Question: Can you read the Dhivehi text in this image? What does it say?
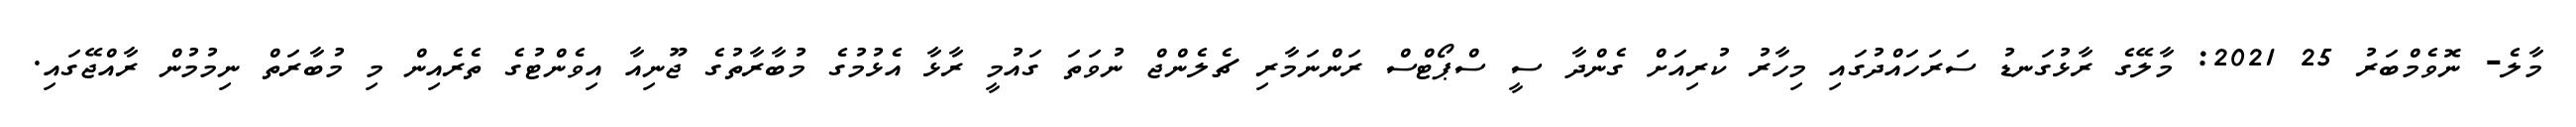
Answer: މާލެ- ނޮވެމްބަރު 25 2021: މާލޭގެ ރާޅުގަނޑު ސަރަހައްދުގައި މިހާރު ކުރިއަށް ގެންދާ ސީ ސްޕޯޓްސް ރަންނަމާރި ޗެލެންޖް ނުވަތަ ގައުމީ ރާޅާ އެޅުމުގެ މުބާރާތުގެ ޖޫނިއާ އިވެންޓުގެ ތެރެއިން މި މުބާރަތް ނިމުމުން ރާއްޖޭގައި.